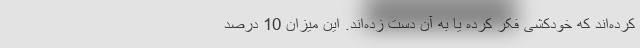
کرده‌اند که خودکشی فکر کرده یا به آن دست زده‌اند. این میزان 10 درصد